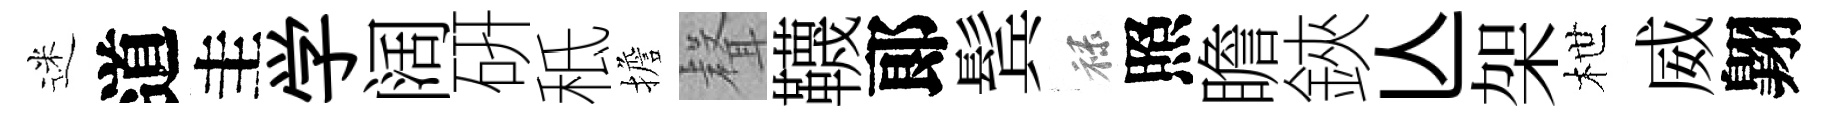
迷道圭学阔硏秪擔𮋻韈郞鬂禄照瞻鋏亾架枻威翺